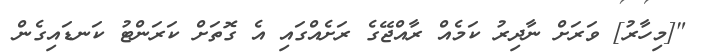
"[މިހާރު] ވަރަށް ނާދިރު ކަމެއް ރާއްޖޭގެ ރަށެއްގައި އެ ގޮތަށް ކަރަންޓު ކަނޑައިގެން